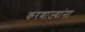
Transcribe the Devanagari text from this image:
करणाज्यांना